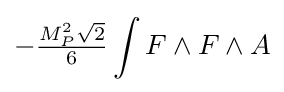
-{\tfrac {M_{P}^{2}{\sqrt {2}}}{6}}\int F\wedge F\wedge A